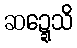
ဆဍ္ဍေသိ